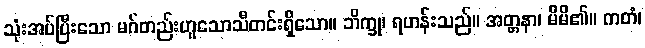
သုံးအပ်ပြီးသော မဂ်တည်းဟူသောသီတင်းရှိသော။ ဘိက္ခု၊ ရဟန်းသည်။ အတ္တနာ၊ မိမိ၏။ ကတံ၊